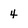
Character: 4